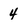
Character: 4